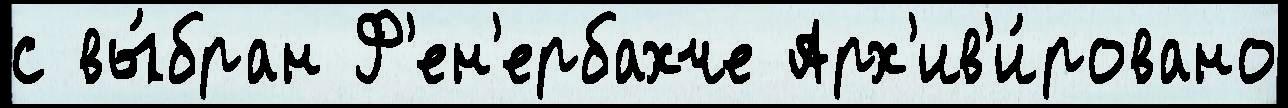
с вы́бран Ф'ен'ербахче Арх'ив'и́ровано